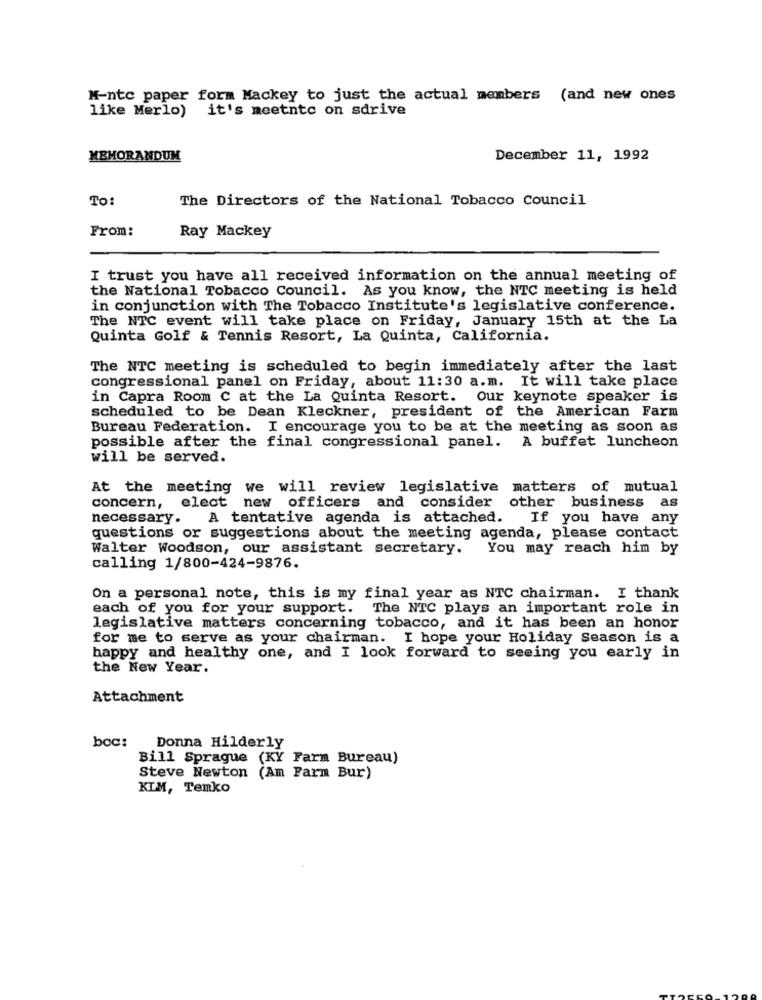
M-ntc paper form Mackey to just the actual members (and new ones
like Merlo) it's meetntc on sdrive
MEMORANDUM
December 11, 1992
To:
The Directors of the National Tobacco Council
From:
Ray Mackey
I trust you have all received information on the annual meeting of
the National Tobacco Council. As you know, the NTC meeting is held
in conjunction with The Tobacco Institute's legislative conference.
The NTC event will take place on Friday, January 15th at the La
Quinta Golf & Tennis Resort, La Quinta, California.
The NTC meeting is scheduled to begin immediately after the last
congressional panel on Friday, about 11:30 a.m. It will take place
in Capra Room C at the La Quinta Resort. Our keynote speaker is
scheduled to be Dean Kleckner, president of the American Farm
Bureau Federation. I encourage you to be at the meeting as soon as
A buffet luncheon
possible after the final congressional panel.
will be served.
At the meeting we will review legislative matters of mutual
concern, elect new officers and consider other business
as
necessary.
A tentative agenda is attached.
If you have any
questions or suggestions about the meeting agenda, please contact
Walter Woodson, our assistant secretary.
You may reach him by
calling 1/800-424-9876.
On a personal note, this is my final year as NTC chairman. I thank
each of you for your support. The NTC plays an important role in
legislative matters concerning tobacco, and it has been an honor
for me to serve as your chairman. I hope your Holiday Season is a
happy and healthy one, and I look forward to seeing you early in
the New Year.
Attachment
boc: Donna Hilderly
Bill Sprague (KY Farm Bureau)
Steve Newton (Am Farm Bur)
KLM, Temko